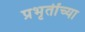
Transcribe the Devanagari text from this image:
प्रभृतींच्या